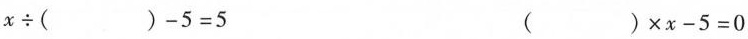
$$x \div ( ) - 5 = 5$$ $$( ) \times x